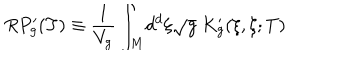
LaTeX: R P _ { g } ^ { \prime } ( T ) \equiv \frac { 1 } { V _ { g } } \int _ { M } \! d ^ { d } \xi \sqrt { g } \ K _ { g } ^ { \prime } ( \xi , \xi ; T )